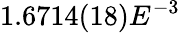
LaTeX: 1.6714(18)E^{-3}